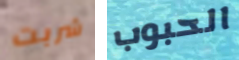
شربت الحبوب